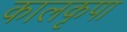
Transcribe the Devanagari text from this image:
कालकृपा